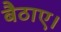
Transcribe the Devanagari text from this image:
बैठाए।